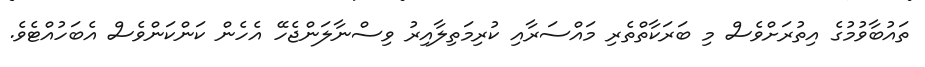
ތައުބާވުމުގެ އިތުރަށްވެސް މި ބަރަކާތްތެރި މައްސަރާއި ކުރިމަތިލާއިރު ވިސްނާލަންޖެހޭ އެހެން ކަންކަންވެސް އެބަހުއްޓެވެ.